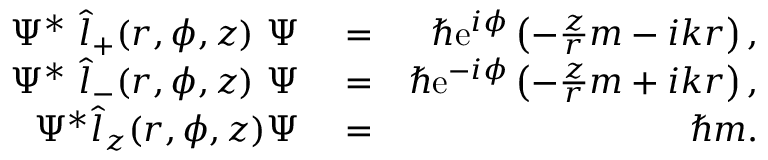
\begin{array} { r l r } { \Psi ^ { * } \ \hat { l } _ { + } ( r , \phi , z ) \ \Psi } & { { } = } & { \hbar \mathrm { e } ^ { i \phi } \left( - \frac { z } { r } m - i k r \right) , } \\ { \Psi ^ { * } \ \hat { l } _ { - } ( r , \phi , z ) \ \Psi } & { { } = } & { \hbar \mathrm { e } ^ { - i \phi } \left( - \frac { z } { r } m + i k r \right) , } \\ { \Psi ^ { * } \hat { l } _ { z } ( r , \phi , z ) \Psi } & { { } = } & { \hbar m . } \end{array}